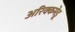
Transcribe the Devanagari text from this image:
अरिक्कमेडू